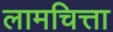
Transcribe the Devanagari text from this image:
लामचित्ता